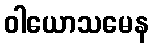
ဝါယောသမေန